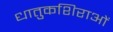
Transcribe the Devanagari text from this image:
धातुकशिराओं